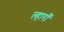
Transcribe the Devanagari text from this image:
ल्हाराँ